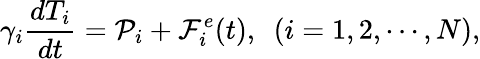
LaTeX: \gamma_{i}\frac{dT_{i}}{dt}=\mathcal P_{i}+\mathcal F_{i}^{e}(t),~~(i=1,2,\cdots,N),